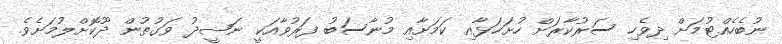
ނުބެހެއްޓުމަށް ދިވެހި ސަރުކާރަށް ހުށަހަޅާއި ކަމަށާއި މުނާސަބު ފަރުވާއަކީ ނަޝީދު ވަގުތުން ދޫކޮށްލުމަށެވެ.